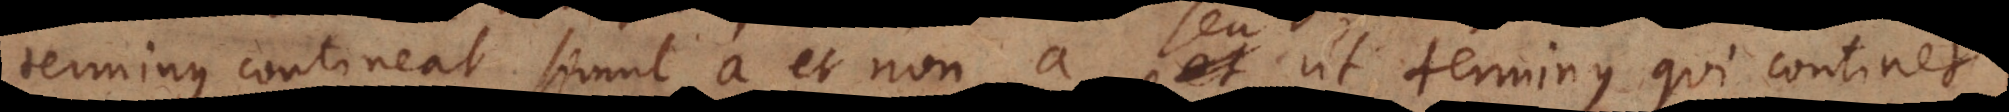
terminus contineat simul a et non‐a, seu ut terminus qui continet